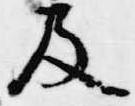
及